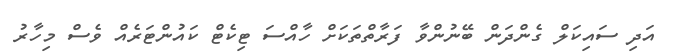
އަދި ސައިކަލް ގެންދަން ބޭނުންވާ ފަރާތްތަކަށް ހާއްސަ ޓިކެޓް ކައުންޓަރެއް ވެސް މިހާރު